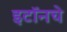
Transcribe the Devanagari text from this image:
इटॉनचे